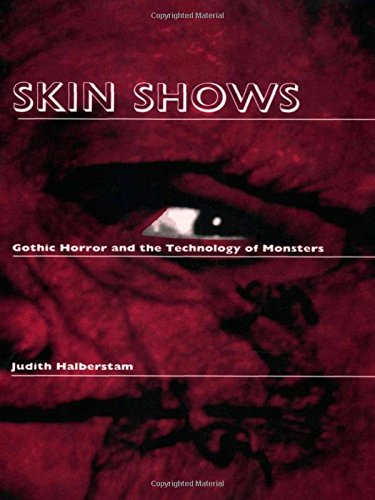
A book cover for Skin Shows: Gothic Horror and the Technology of Monsters; Judith Halberstam; Literature & Fiction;